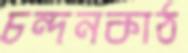
চন্দনকাঠ